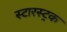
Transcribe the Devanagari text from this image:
स्टारस्ट्रक